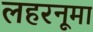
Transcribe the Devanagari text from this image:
लहरनूमा